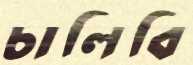
চালিবি